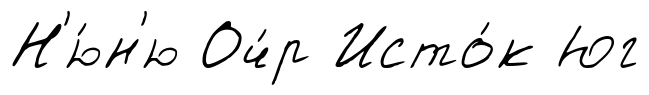
Н'ю́н'ю Оч́р Исто́к Юг